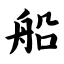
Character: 船